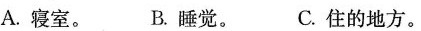
A.寝室。 B.睡觉。 C.住的地方。